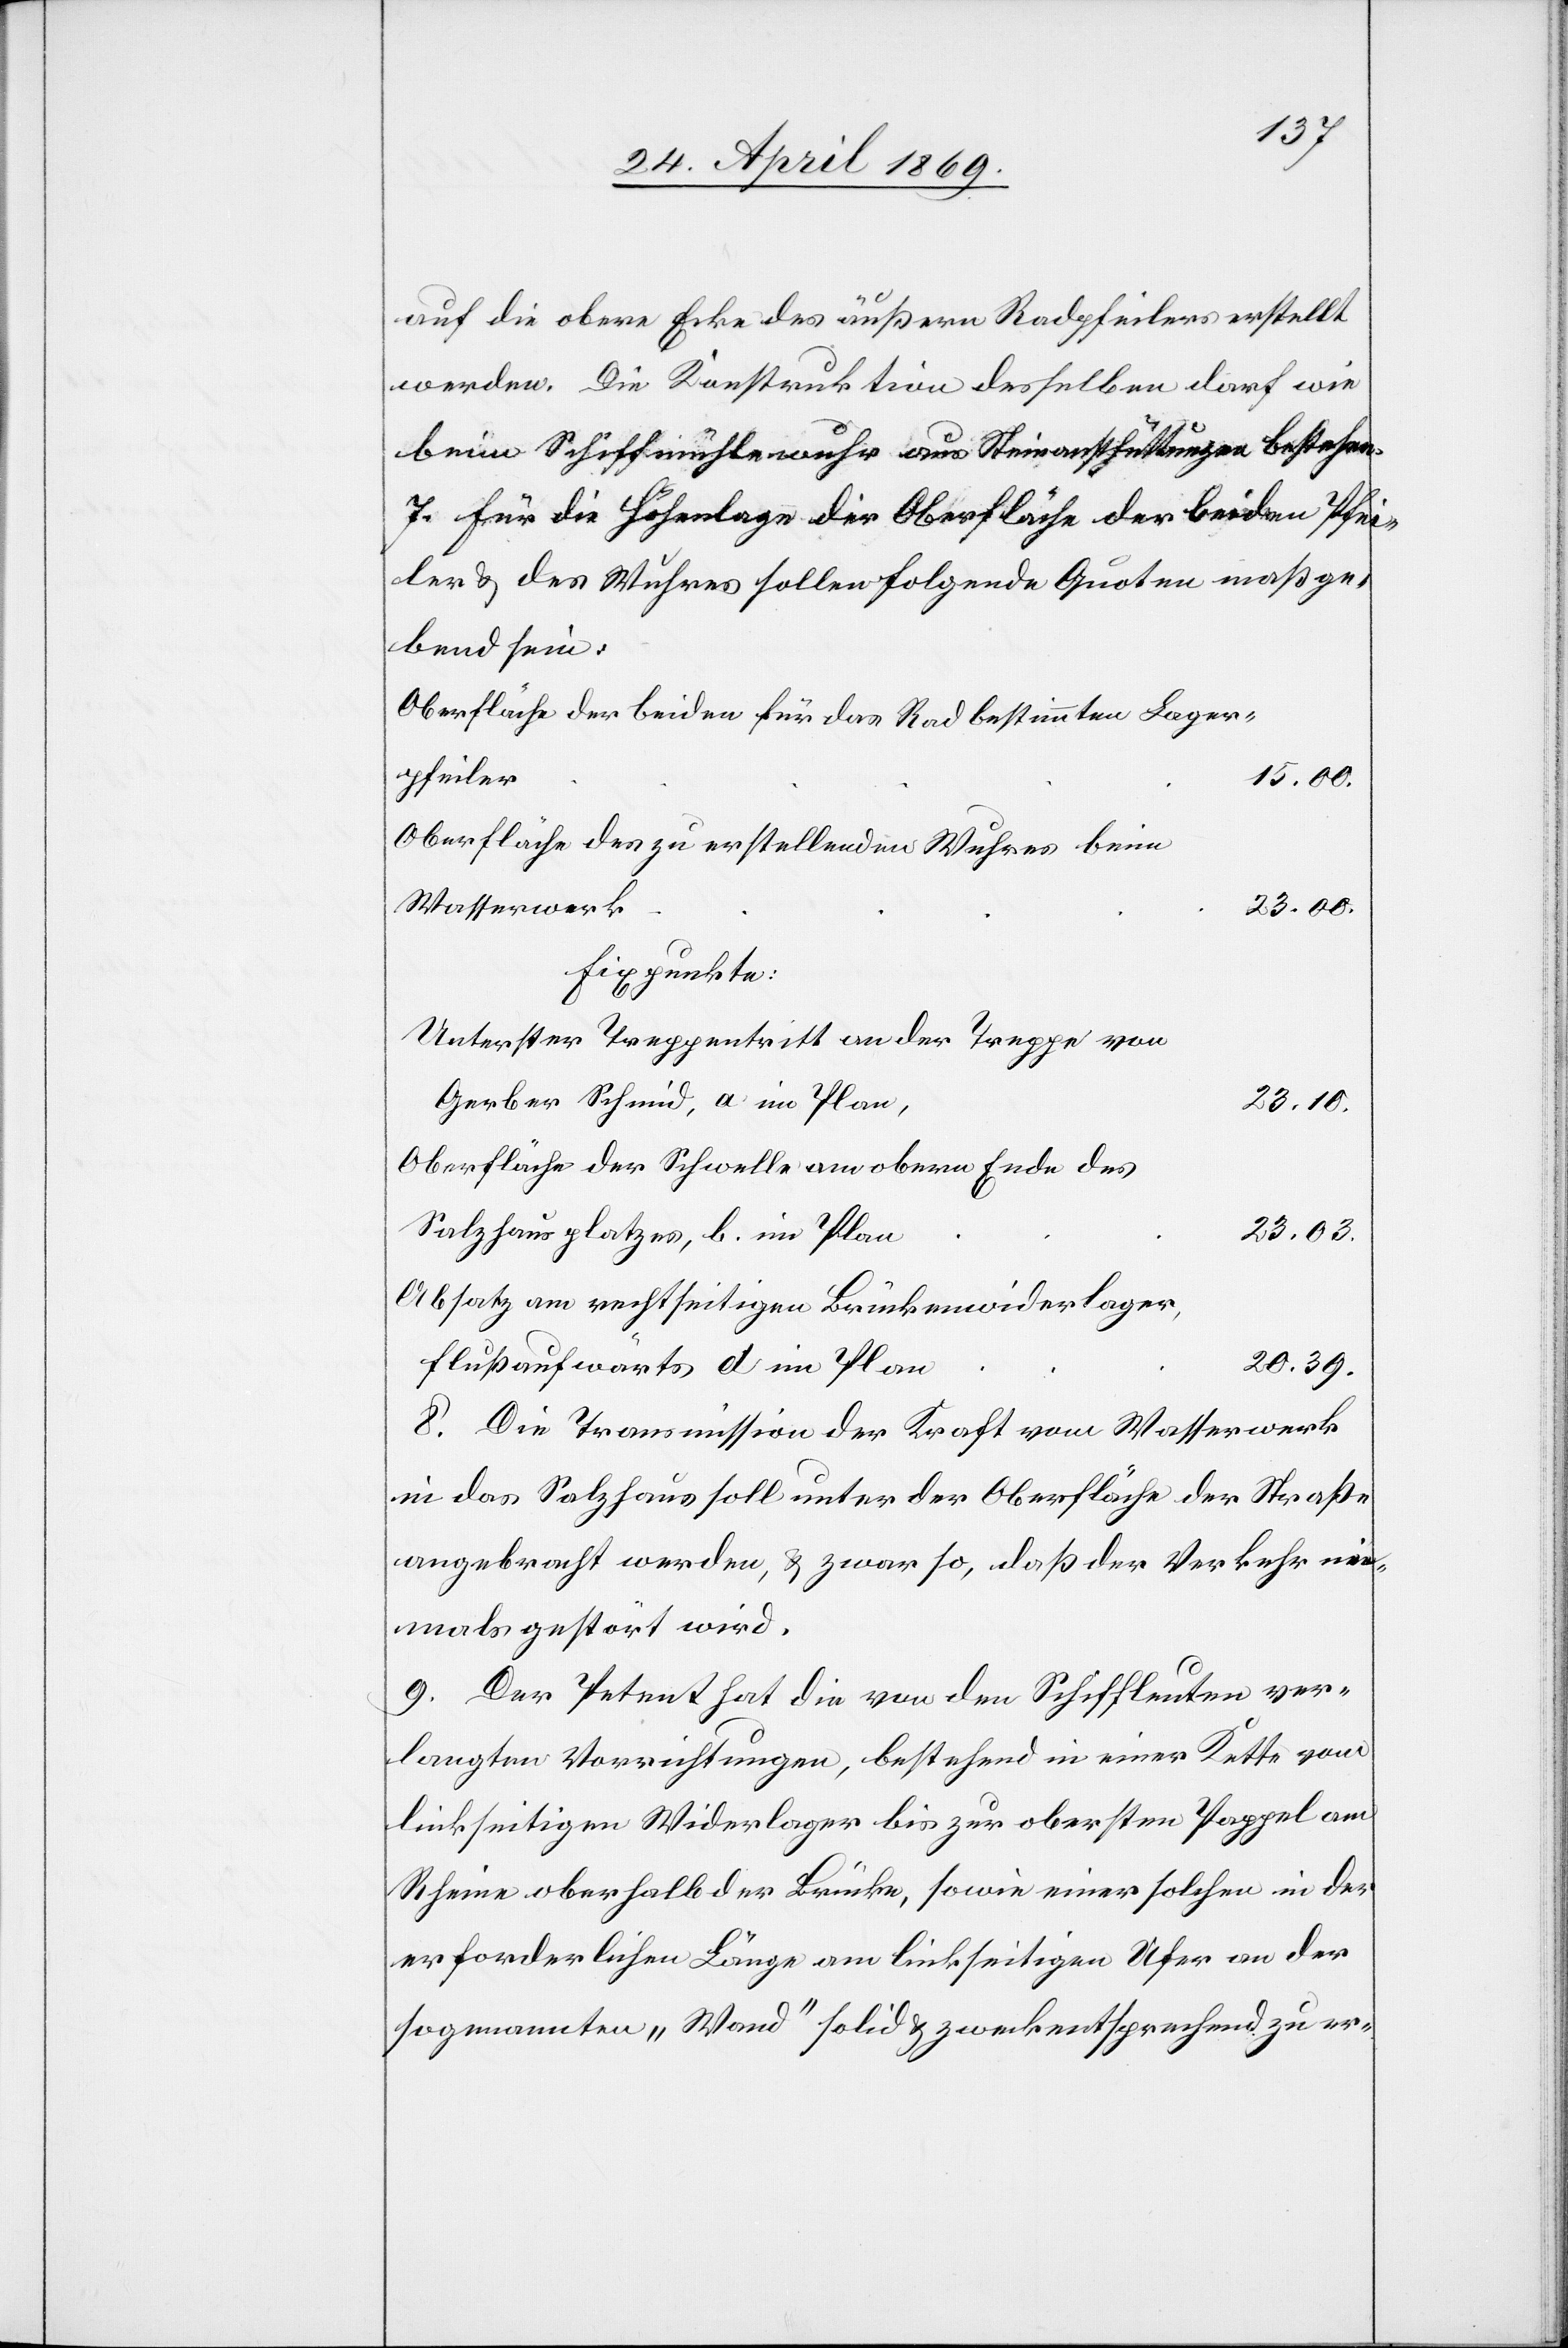
auf die obere Ecke des äußern Radpfeilers erstellt
werden. Die Konstruktion desselben darf wie
beim Schiffmühlewuhr aus Steinanschüttungen bestehen.
7. Für die Höhenlage der Oberfläche der beiden Pfei¬
ler u. des Wuhres sollen folgende Quoten maßge¬
bend sein:
Oberfläche des zu erstellenden Wuhres beim
Wasserwer¬
k		23.00.
Fixpunkte:
Unterster Treppentritt an der Treppe von
Gerber Schmid, a im Pla¬
n,	23.10.
Oberfläche der Schwelle am obern Ende des
Salzhausplatzes, b. im Pla¬
n	23.03.
Absatz am rechtseitigen Brückenwiderlager,
8. Die Transmission der Kraft vom Wasserwerk
in das Salzhaus soll unter der Oberfläche der Straße
angebracht werden, u. zwar so, daß der Verkehr nie¬
mals gestört wird.
9. Der Petent hat die von den Schiffleuten ver¬
langten Vorrichtungen, bestehend in einer Kette vom
linkseitigen Widerlager bis zur obersten Pappel am
Rheine oberhalb der Brücke, sowie einer solchen in der
erforderlichen Länge am linkseitigen Ufer an der
sogenannten „Wand“ solid u. zweckentsprechend zu er-